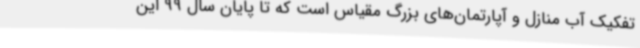
تفکیک آب منازل و آپارتمان‌های بزرگ مقیاس است که تا پایان سال 99 این